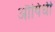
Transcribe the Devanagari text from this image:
औषिधी